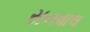
સનવાલ